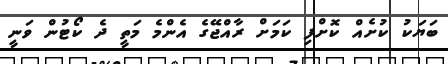
ބަޔަކު ކުށެއް ކޮށްފި ކަމަށް ރާއްޖޭގެ އެންމެ މަތީ ދެ ކޯޓުން ވަނީ